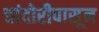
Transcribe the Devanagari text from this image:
चांदोरीपासून